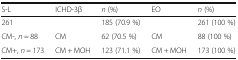
<table><thead><tr><td><b>S-L</b></td><td><b>ICHD-3β</b></td><td><b><i>n</i> (%)</b></td><td><b>EO</b></td><td><b><i>n</i> (%)</b></td></tr></thead><tbody><tr><td>261</td><td></td><td>185 (70.9 %)</td><td></td><td>261 (100 %)</td></tr><tr><td>CM-, <i>n</i> = 88</td><td>CM</td><td>62 (70.5 %)</td><td>CM</td><td>88 (100 %)</td></tr><tr><td>CM+, <i>n</i> = 173</td><td>CM + MOH</td><td>123 (71.1 %)</td><td>CM + MOH</td><td>173 (100 %)</td></tr></tbody></table>